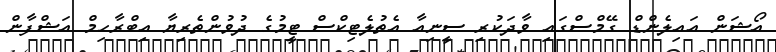
އޯޝަން އައިލެންޑް ގޭމްސްގައި ވާދަކުރި ސީނިއާ އެތުލެޓިކްސް ޓީމުގެ ދުވުންތެރިޔާ އިބްރާހިމް އަޝްފާން